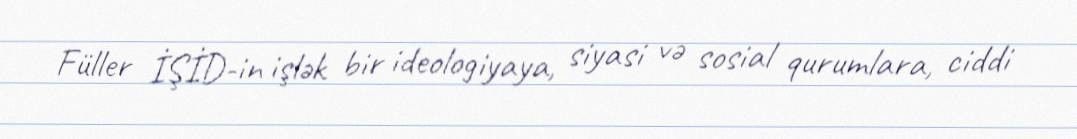
Füller İŞİD-in işlək bir ideologiyaya, siyasi və sosial qurumlara, ciddi